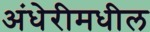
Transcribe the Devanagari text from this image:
अंधेरीमधील